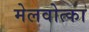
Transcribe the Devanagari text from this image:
मेलवोत्का